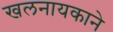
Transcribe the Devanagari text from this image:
खलनायकाने